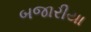
બજારીયા